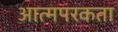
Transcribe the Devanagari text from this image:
आत्मपरकता